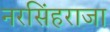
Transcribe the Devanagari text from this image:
नरसिंहराजा